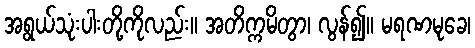
အရွယ်သုံးပါးတို့ကိုလည်း။ အတိက္ကမိတွာ၊ လွန်၍။ မရဏမုခေ၊